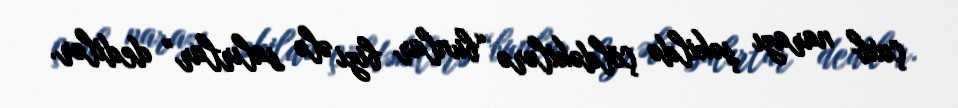
çıxıb narazı şəkildə çöldəkilərə “bunlar bizi ələ salırlar” dedilər.